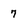
Character: 7